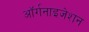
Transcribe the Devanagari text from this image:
आॅर्गनाइजेशन